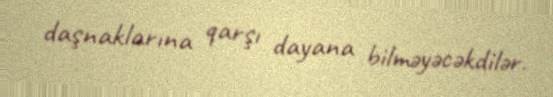
daşnaklarına qarşı dayana bilməyəcəkdilər.